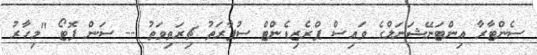
ސެންޓާރާ އިންޓަނޭޝަނަލްގެ ވައިސް ޕްރެޒިޑެންޓް ސުޕާރަތު ޗިރަތިވަތު -- ސަން ފޮޓޯ "މިހާރު